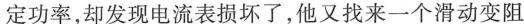
定功率，却发现电流表损坏了，他又找来一个滑动变阻